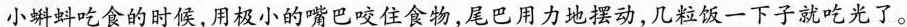
小蝌蚪吃食的时候，用极小的嘴巴咬住食物，尾巴用力地摆动，几粒饭一下子就吃光了。